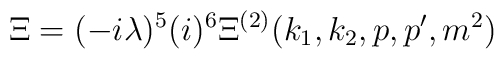
\Xi =(-i\lambda )^{5}(i)^{6}\Xi ^{(2)}(k_{1},k_{2},p,p^{\prime },m^{2})